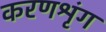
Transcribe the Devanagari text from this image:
करणश्रृंग